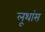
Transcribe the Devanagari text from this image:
लूथांस